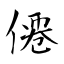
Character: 僊